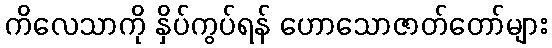
ကိလေသာကို နှိပ်ကွပ်ရန် ဟောသောဇာတ်တော်များ